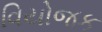
વિયોજક